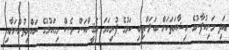
އަދި މަނިކުފާނުގެ އިޝާރަތަކަށް ބަލަންތިބި ކަމުގެ ފުރިހަމަ ޔަޤީންކަން ވެސް މިގައުމުގެ ރައްޔިތުންނަށާއި